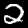
Digit: 2